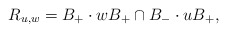
\begin{align*}R_{u,w} = B_+ \cdot w B_+ \cap B_- \cdot u B_+,\end{align*}